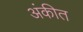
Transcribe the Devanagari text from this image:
अंकीत